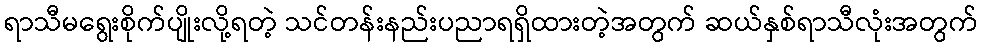
ရာသီမရွေးစိုက်ပျိုးလို့ရတဲ့ သင်တန်းနည်းပညာရရှိထားတဲ့အတွက် ဆယ်နှစ်ရာသီလုံးအတွက်